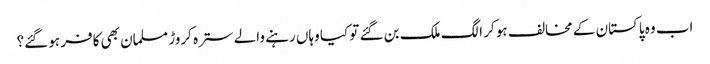
اب وہ پاکستان کے مخالف ہو کر الگ ملک بن گئے تو کیا وہاں رہنے والے سترہ کروڑ مسلمان بھی کافر ہو گئے؟